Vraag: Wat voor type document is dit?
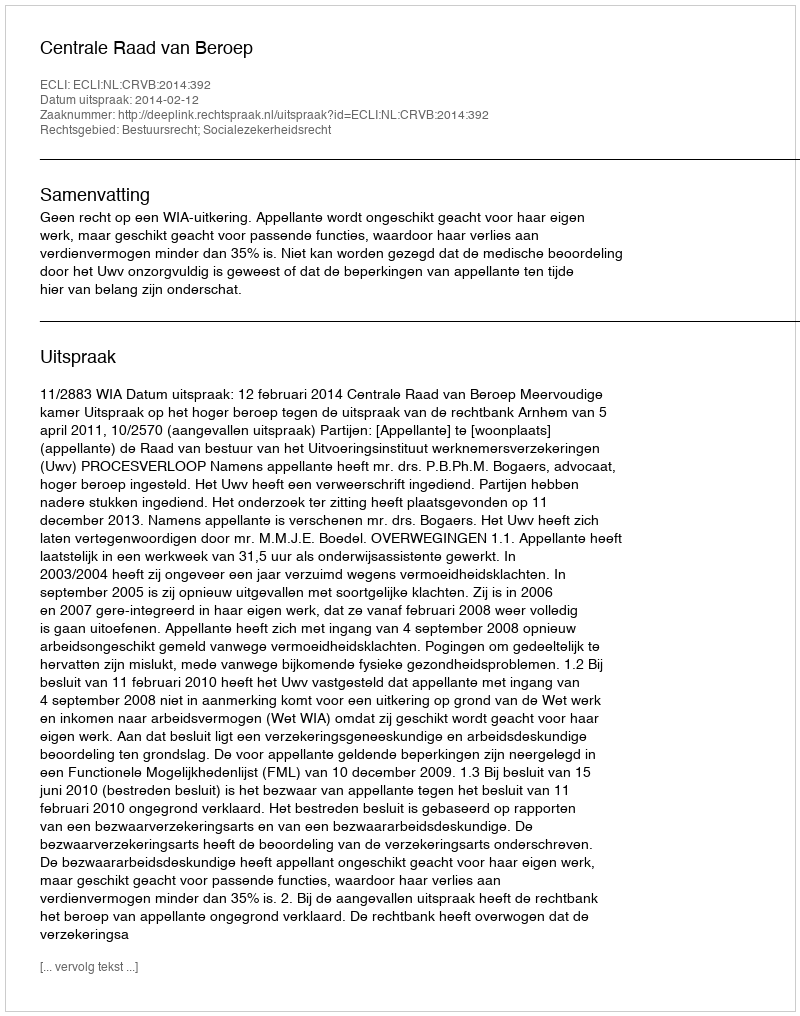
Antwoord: Uitspraak